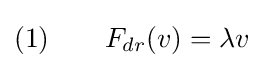
(1)\qquad F_{dr}(v)=\lambda v